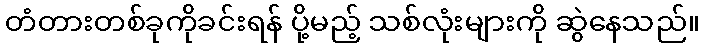
တံတားတစ်ခုကိုခင်းရန် ပို့မည့် သစ်လုံးများကို ဆွဲနေသည်။